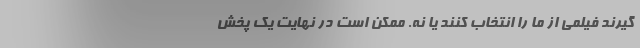
‌گیرند فیلمی از ما را انتخاب کنند یا نه. ممکن است در نهایت یک پخش